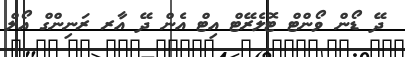
ދޭ ޑޯން ވޯންޓް ޓޮލެރޭޓް އިޓް އެން ދޭ އާރ ރަނިންގް އޯލް